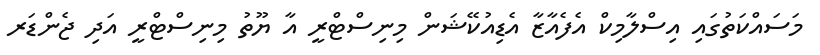
މަސައްކަތުގައި އިސްލާމިކް އެފެއާޒާ އެޑިއުކޭޝަން މިނިސްޓްރީ އާ ޔޫތު މިނިސްޓްރީ އަދި ޖެންޑަރ